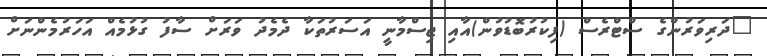
"ދަރިވަރުންގެ ސްޓްރެސް (ފިކުރުބޮޑުވުން)އާއި ޖިސްމާނީ އަސަރުތަކާ ދެމެދު ވަރަށް ސާފު ގުޅުމެއް އަހަރުމެންނަށް